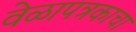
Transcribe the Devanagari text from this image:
वेळापत्रकाचा